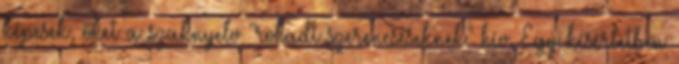
képesek, őket a szaknyelv "rohadt szerencséseknek" hív. Egy kísérletben